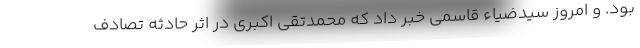
بود. و امروز سیدضیاء قاسمی خبر داد که محمدتقی اکبری در اثر حادثه تصادف